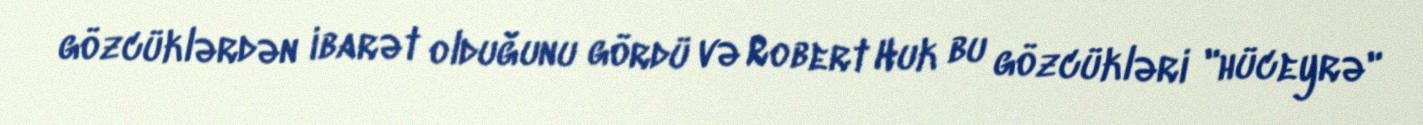
gözcüklərdən ibarət olduğunu gördü və Robert Huk bu gözcükləri "hüceyrə"